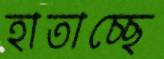
হাতাচ্ছে